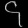
Digit: ၄